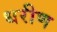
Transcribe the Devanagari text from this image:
धरीण